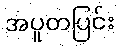
အပူတပြင်း